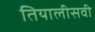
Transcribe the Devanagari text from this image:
तियालीसवी